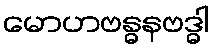
မောဟဗန္ဓနဗဒ္ဓါ